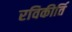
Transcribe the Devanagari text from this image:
रविकीर्ति